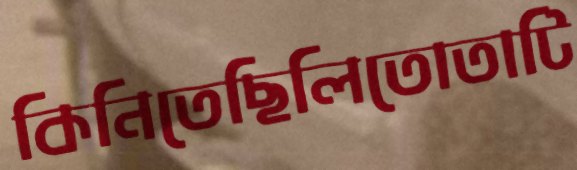
কিনিতেছিলিতোতাটি